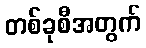
တစ်ခုစီအတွက်